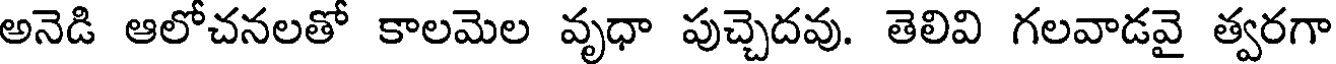
అనెడి ఆలోచనలతో కాలమెల వృధా పుచ్చెదవు. తెలివి గలవాడవై త్వరగా